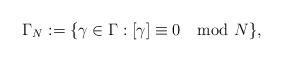
LaTeX: \begin{align*}\Gamma_{N} := \{ \gamma\in \Gamma : [\gamma] \equiv 0 \mod N \},\end{align*}